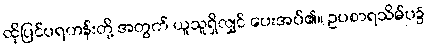
ထိုပြင်ပရဟန်းတို့ အတွက် ယူသူရှိလျှင် ပေးအပ်၏။ ဥပစာရသိမ်ပ၌